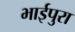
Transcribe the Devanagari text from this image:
भाईपुरा